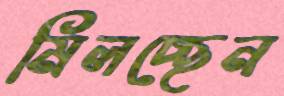
মিলচ্ছেন